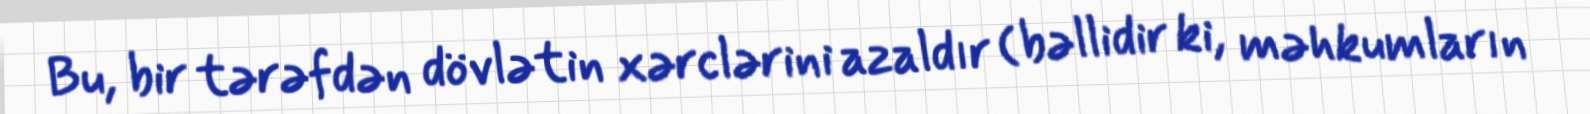
Bu, bir tərəfdən dövlətin xərclərini azaldır (bəllidir ki, məhkumların